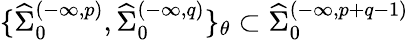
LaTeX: \{ {\widehat\Sigma}_{0}^{(-\infty,p)},{\widehat\Sigma}_{0}^{(-\infty,q)}\} _{\theta}\subset{\widehat\Sigma}_{0}^{(-\infty,p+q-1)}